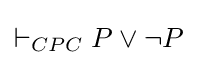
\vdash _{CPC}P\lor \neg P